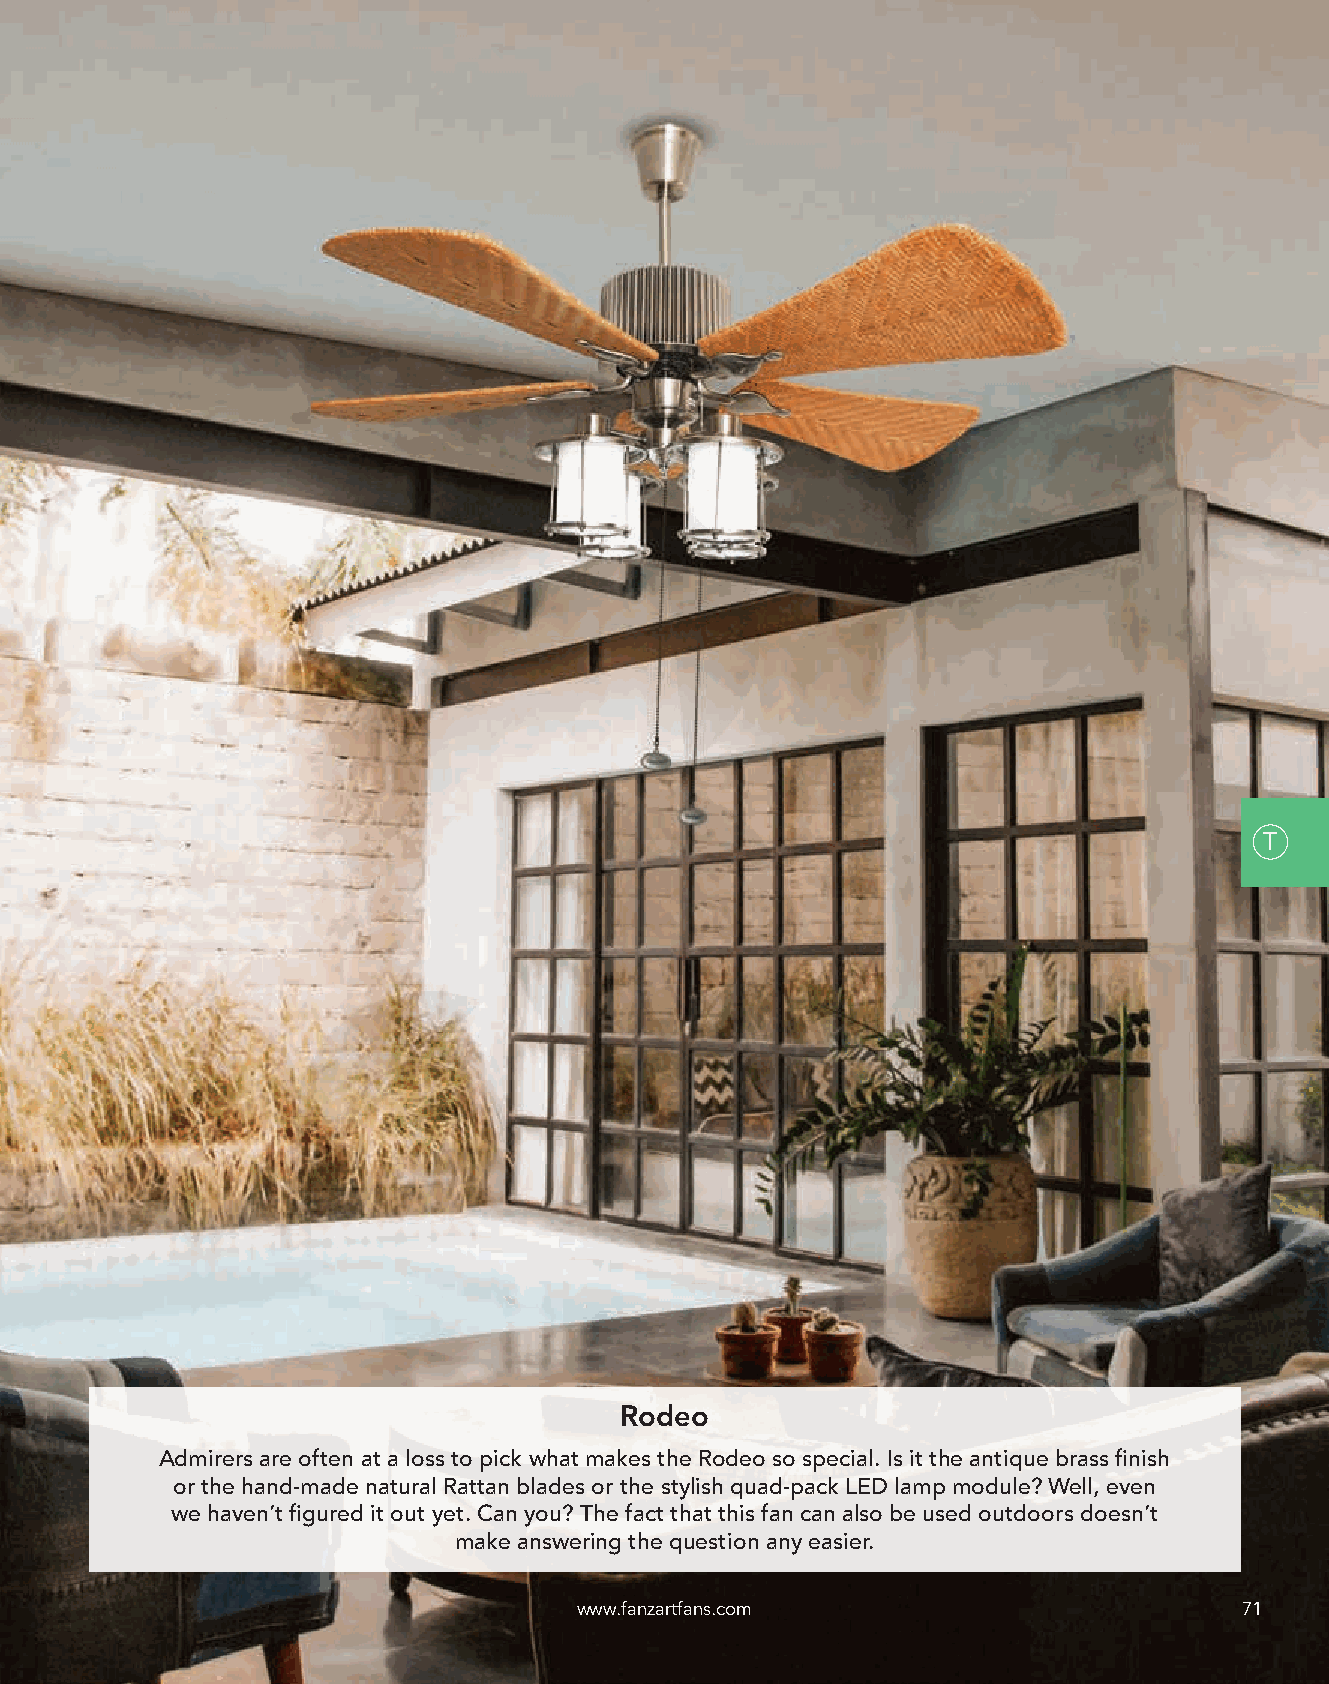
T
 Rodeo
 Admirers are often at a loss to pick what makes the Rodeo so special. Is it the antique brass finish
 or the hand-made natural Rattan blades or the stylish quad-pack LED lamp module? Well, even
 we haven’t figured it out yet. Can you? The fact that this fan can also be used outdoors doesn’t
 make answering the question any easier.
 www.fanzartfans.com                         71